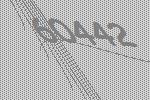
60442